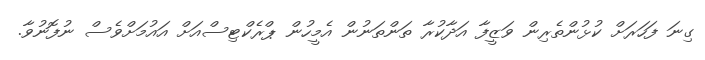
ގިނަ ފަހަރަށް ކުޅުންތެރިން ވަޒީފާ އަދާކުރާ ތަންތަނުން އެމީހުން ޕްރެކްޓިސްއަށް އައުމަށްވެސް ނުފޮނުވާ.